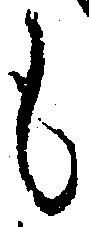
も